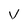
Character: V